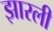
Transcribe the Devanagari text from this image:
झारली